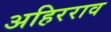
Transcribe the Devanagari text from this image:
अहिरराव